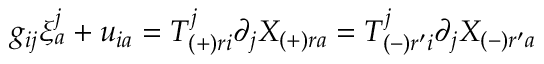
g _ { i j } \xi _ { a } ^ { j } + u _ { i a } = T _ { ( + ) r i } ^ { j } \partial _ { j } X _ { ( + ) r a } = T _ { ( - ) r ^ { \prime } i } ^ { j } \partial _ { j } X _ { ( - ) r ^ { \prime } a }